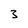
Character: 3